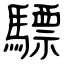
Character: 驃